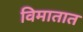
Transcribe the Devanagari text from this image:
विमातात